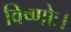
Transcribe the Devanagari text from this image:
विष्णोः।